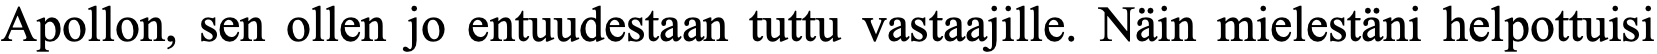
Apollon, sen ollen jo entuudestaan tuttu vastaajille. Näin mielestäni helpottuisi